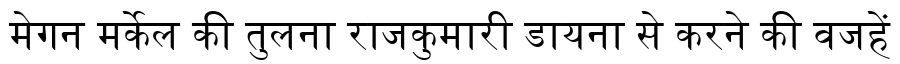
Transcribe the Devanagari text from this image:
मेगन मर्केल की तुलना राजकुमारी डायना से करने की वजहें